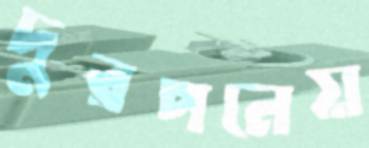
দুরপনেয়